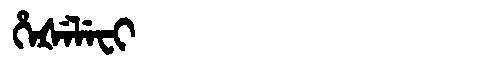
Manchu: ᡥᡝᡧᡝᠯᡝᠸᡳ
Romanization: HEŠELEFI